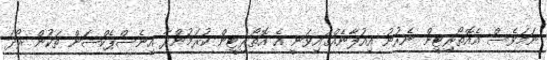
ނަމަވެސް އެއޮތޯރިޓީން ނެރުނު އިއުލާނެއްގައިވަނީ އެ އޮތޯރިޓީން ކުރަމުންދާ އިނެސްޕެކްޝަން ތަކުން ރޯދަ